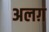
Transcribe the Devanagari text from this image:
अलग़